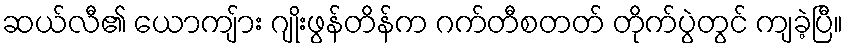
ဆယ်လီ၏ ယောကျ်ား ဂျိုးဖွန်တိန်က ဂက်တီစတတ် တိုက်ပွဲတွင် ကျခဲ့ပြီ။